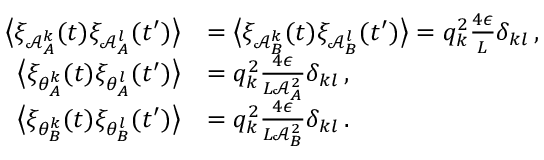
\begin{array} { r l } { \big \langle \xi _ { \mathcal { A } _ { A } ^ { k } } ( t ) \xi _ { \mathcal { A } _ { A } ^ { l } } ( t ^ { \prime } ) \big \rangle } & { = \big \langle \xi _ { \mathcal { A } _ { B } ^ { k } } ( t ) \xi _ { \mathcal { A } _ { B } ^ { l } } ( t ^ { \prime } ) \big \rangle = q _ { k } ^ { 2 } \frac { 4 \epsilon } { L } \delta _ { k l } \, , } \\ { \big \langle \xi _ { \theta _ { A } ^ { k } } ( t ) \xi _ { \theta _ { A } ^ { l } } ( t ^ { \prime } ) \big \rangle } & { = q _ { k } ^ { 2 } \frac { 4 \epsilon } { L \mathcal { A } _ { A } ^ { 2 } } \delta _ { k l } \, , } \\ { \big \langle \xi _ { \theta _ { B } ^ { k } } ( t ) \xi _ { \theta _ { B } ^ { l } } ( t ^ { \prime } ) \big \rangle } & { = q _ { k } ^ { 2 } \frac { 4 \epsilon } { L \mathcal { A } _ { B } ^ { 2 } } \delta _ { k l } \, . } \end{array}